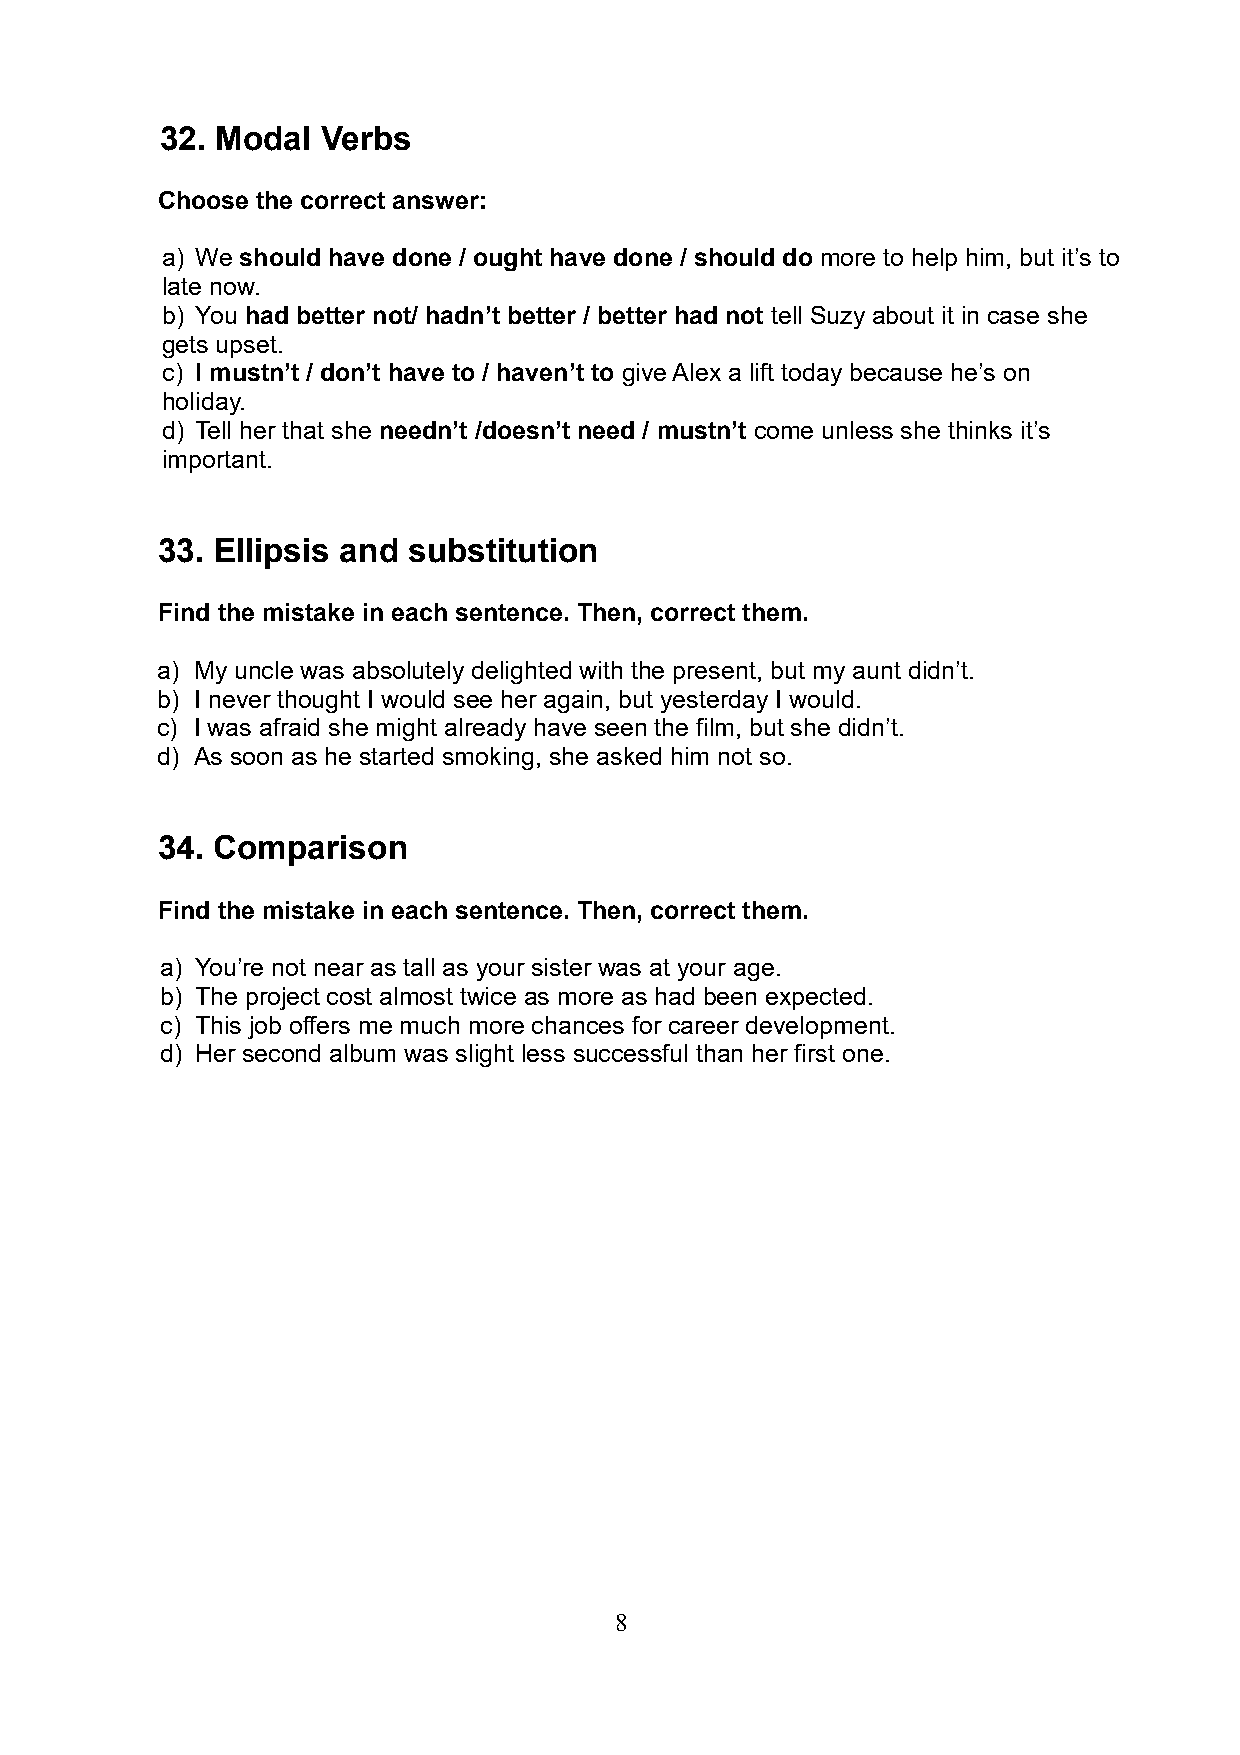
32. Modal Verbs
 Choose the correct answer:
 a) We should have done / ought have done / should do more to help him, but it’s to
 late now.
 b) You had better not/ hadn’t better / better had not tell Suzy about it in case she
 gets upset.
 c) I mustn’t / don’t have to / haven’t to give Alex a lift today because he’s on
 holiday.
 d) Tell her that she needn’t /doesn’t need / mustn’t come unless she thinks it’s
 important.
 33. Ellipsis and substitution
 Find the mistake in each sentence. Then, correct them.
 a) My uncle was absolutely delighted with the present, but my aunt didn’t.
 b) I never thought I would see her again, but yesterday I would.
 c) I was afraid she might already have seen the film, but she didn’t.
 d) As soon as he started smoking, she asked him not so.
 34. Comparison
 Find the mistake in each sentence. Then, correct them.
 a) You’re not near as tall as your sister was at your age.
 b) The project cost almost twice as more as had been expected.
 c) This job offers me much more chances for career development.
 d) Her second album was slight less successful than her first one.
 8